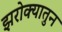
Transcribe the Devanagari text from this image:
झरोक्यातुन